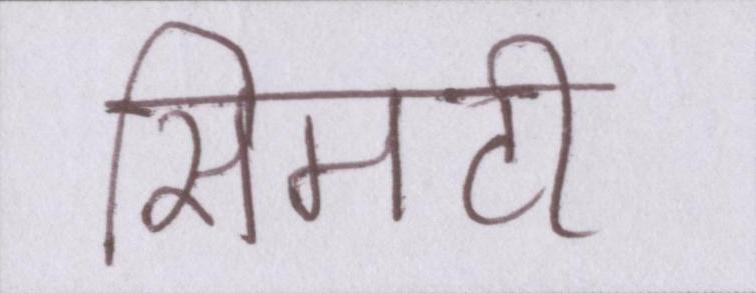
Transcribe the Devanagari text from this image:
सिमटी